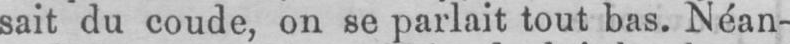
sait du coude, on se parlait tout bas. Néan-